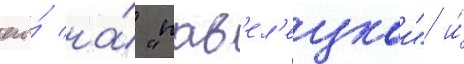
его́ на́ "пав'ел'ецкои" и́